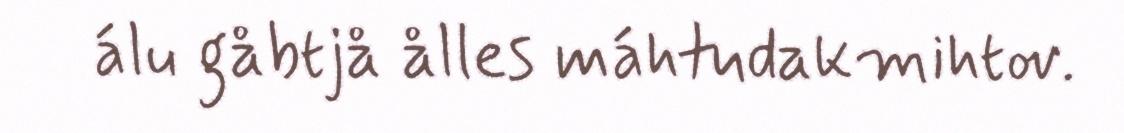
álu gåbtjå ålles máhtudakmihtov.